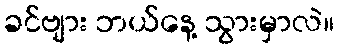
ခင်ဗျား ဘယ်နေ့ သွားမှာလဲ။